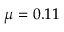
\mu = 0 . 1 1